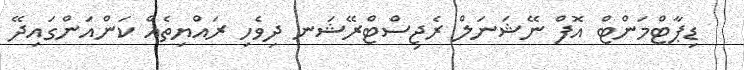
ޑިޕާޓްމަންޓް އޮފް ނޭޝަނަލް ރެޖިސްޓްރޭޝަނ ދިވެހި ރައްޔިތެއް ކަންއަންގައިދޭ